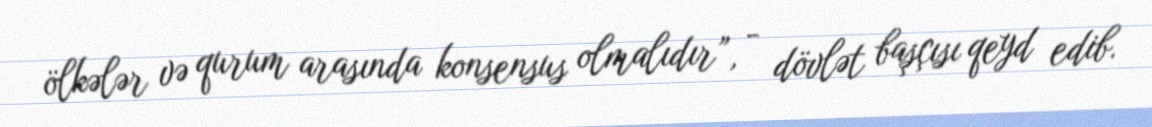
ölkələr və qurum arasında konsensus olmalıdır”, - dövlət başçısı qeyd edib.